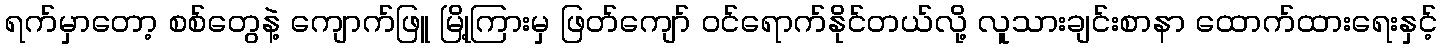
ရက်မှာတော့ စစ်တွေနဲ့ ကျောက်ဖြူ မြို့ကြားမှ ဖြတ်ကျော် ဝင်ရောက်နိုင်တယ်လို့ လူသားချင်းစာနာ ထောက်ထားရေးနှင့်